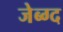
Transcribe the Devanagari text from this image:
जेब्ग्द